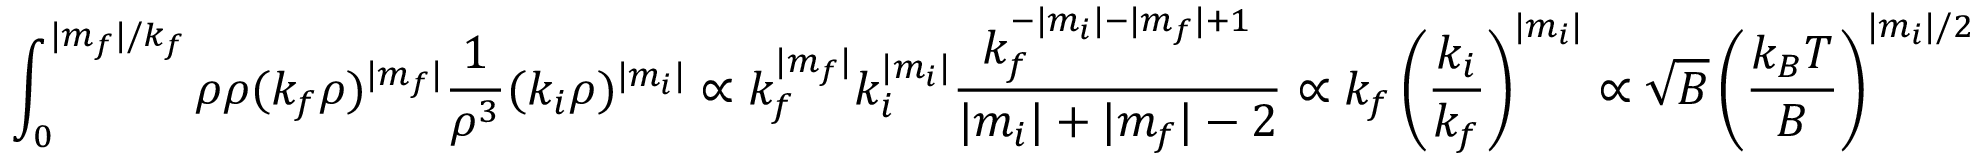
\int _ { 0 } ^ { \vert m _ { f } \vert / k _ { f } } \rho \d \rho ( k _ { f } \rho ) ^ { \vert m _ { f } \vert } \frac { 1 } { \rho ^ { 3 } } ( k _ { i } \rho ) ^ { \vert m _ { i } \vert } \propto k _ { f } ^ { \vert m _ { f } \vert } k _ { i } ^ { \vert m _ { i } \vert } \frac { k _ { f } ^ { - \vert m _ { i } \vert - \vert m _ { f } \vert + 1 } } { \vert m _ { i } \vert + \vert m _ { f } \vert - 2 } \propto k _ { f } \left( \frac { k _ { i } } { k _ { f } } \right) ^ { \vert m _ { i } \vert } \propto \sqrt { B } \left( \frac { k _ { B } T } { B } \right) ^ { \vert m _ { i } \vert / 2 }